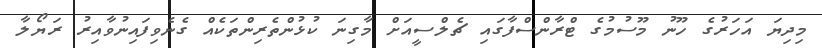
މިދިޔަ އަހަރުގެ ހޫނު މޫސުމުގެ ޓްރާންސްފާގައި ޗެލްސީއަށް މާގިނަ ކުޅުންތެރިންތަކެއް ގެނެވިފައިނުވާއިރު ރަޔޯލާ